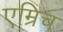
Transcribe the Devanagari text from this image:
एम्रिच